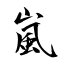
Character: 嵐